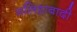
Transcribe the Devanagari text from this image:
मलिहाबादी